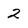
Character: 2